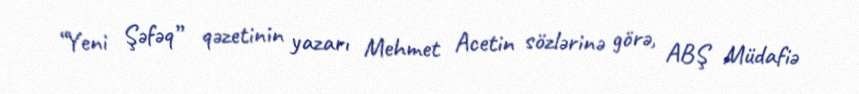
“Yeni Şəfəq” qəzetinin yazarı Mehmet Acetin sözlərinə görə, ABŞ Müdafiə